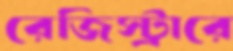
রেজিস্ট্রারে